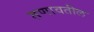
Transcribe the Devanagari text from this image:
तणावतील